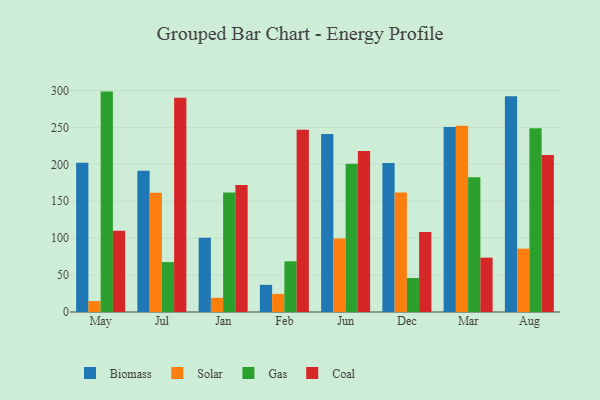
{"axis": {"x": "Month", "y": "Conversion Rate (%)"}, "legend": ["Biomass", "Coal", "Gas", "Solar"], "data": [{"x": "May", "y": 202.0, "type": "Biomass"}, {"x": "May", "y": 14.8, "type": "Solar"}, {"x": "May", "y": 298.5, "type": "Gas"}, {"x": "May", "y": 110.2, "type": "Coal"}, {"x": "Jul", "y": 191.3, "type": "Biomass"}, {"x": "Jul", "y": 161.6, "type": "Solar"}, {"x": "Jul", "y": 67.6, "type": "Gas"}, {"x": "Jul", "y": 290.2, "type": "Coal"}, {"x": "Jan", "y": 100.5, "type": "Biomass"}, {"x": "Jan", "y": 19.2, "type": "Solar"}, {"x": "Jan", "y": 161.7, "type": "Gas"}, {"x": "Jan", "y": 171.9, "type": "Coal"}, {"x": "Feb", "y": 36.8, "type": "Biomass"}, {"x": "Feb", "y": 24.5, "type": "Solar"}, {"x": "Feb", "y": 68.7, "type": "Gas"}, {"x": "Feb", "y": 247.0, "type": "Coal"}, {"x": "Jun", "y": 241.0, "type": "Biomass"}, {"x": "Jun", "y": 99.6, "type": "Solar"}, {"x": "Jun", "y": 200.7, "type": "Gas"}, {"x": "Jun", "y": 217.9, "type": "Coal"}, {"x": "Dec", "y": 201.7, "type": "Biomass"}, {"x": "Dec", "y": 161.7, "type": "Solar"}, {"x": "Dec", "y": 46.0, "type": "Gas"}, {"x": "Dec", "y": 108.2, "type": "Coal"}, {"x": "Mar", "y": 250.5, "type": "Biomass"}, {"x": "Mar", "y": 252.3, "type": "Solar"}, {"x": "Mar", "y": 182.6, "type": "Gas"}, {"x": "Mar", "y": 73.6, "type": "Coal"}, {"x": "Aug", "y": 292.2, "type": "Biomass"}, {"x": "Aug", "y": 85.8, "type": "Solar"}, {"x": "Aug", "y": 248.9, "type": "Gas"}, {"x": "Aug", "y": 212.5, "type": "Coal"}]}